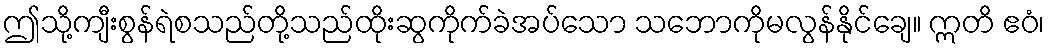
ဤသို့ကျီးစွန်ရဲစသည်တို့သည်ထိုးဆွကိုက်ခဲအပ်သော သဘောကိုမလွန်နိုင်ချေ။ ဣတိ ဧဝံ၊